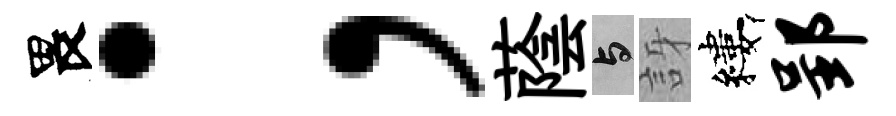
畏；蔭与訝縷郢